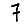
Digit: 7